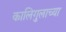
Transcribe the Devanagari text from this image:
कालिगुलाच्या